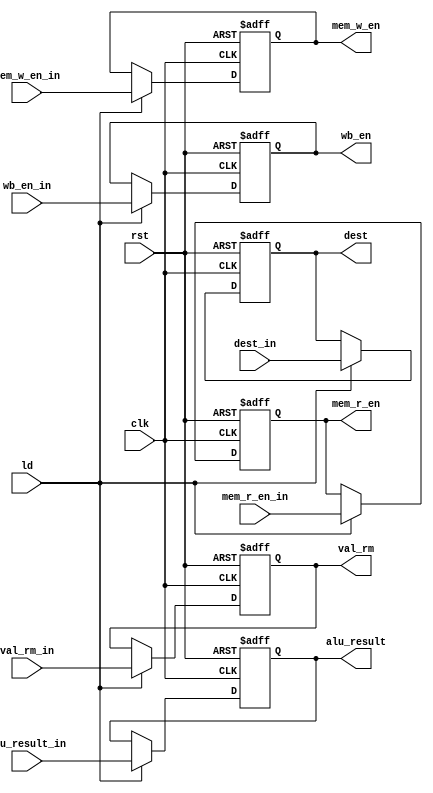
module EXE_Stage_Reg (
  input clk, rst, ld,
  input wb_en_in, mem_r_en_in, mem_w_en_in,
  input [31:0] alu_result_in, val_rm_in,
  input [3:0] dest_in,
  output reg wb_en, mem_r_en, mem_w_en,
  output reg [31:0] alu_result, val_rm,
  output reg [3:0] dest
  );
  always @ ( posedge clk, posedge rst ) begin
    if (rst) begin
      {wb_en, mem_r_en, mem_w_en,alu_result, val_rm, dest} = 71'b0;
    end
    else if(ld) begin
      {wb_en, mem_r_en, mem_w_en, alu_result, val_rm, dest} = 
      {wb_en_in, mem_r_en_in, mem_w_en_in, alu_result_in, val_rm_in, dest_in};
    end
  end
endmodule